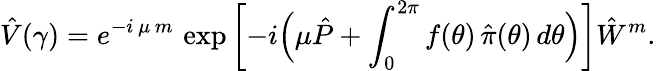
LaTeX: \hat{V}(\gamma)=e^{-i\, \mu\, m}\, \exp\left[-i\Bigl(\mu\hat{P}+\int_{0}^{2\pi}f(\theta)\, \hat{\pi}(\theta)\, d\theta\Bigr)\right]\hat{W}^{m}.